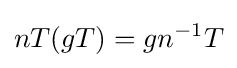
nT(gT)=gn^{-1}T